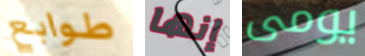
طوابع إنها يومى